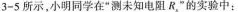
3-5所示，小明同学在“测未知电阻R，”的实验中：